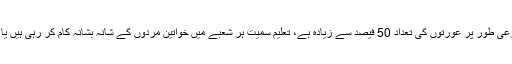
اس وقت مجموعی طور پر عورتوں کی تعداد 50 فیصد سے زیادہ ہے، تعلیم سمیت ہر شعبے میں خواتین مردوں کے شانہ بشانہ کام کر رہی ہیں یا کر سکتی ہیں۔